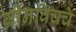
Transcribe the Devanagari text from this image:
ग्रीनविचचे